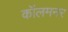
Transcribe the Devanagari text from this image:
कॉलमनर